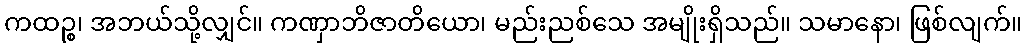
ကထဉ္စ၊ အဘယ်သို့လျှင်။ ကဏှာဘိဇာတိယော၊ မည်းညစ်သေ အမျိုးရှိသည်။ သမာနော၊ ဖြစ်လျက်။